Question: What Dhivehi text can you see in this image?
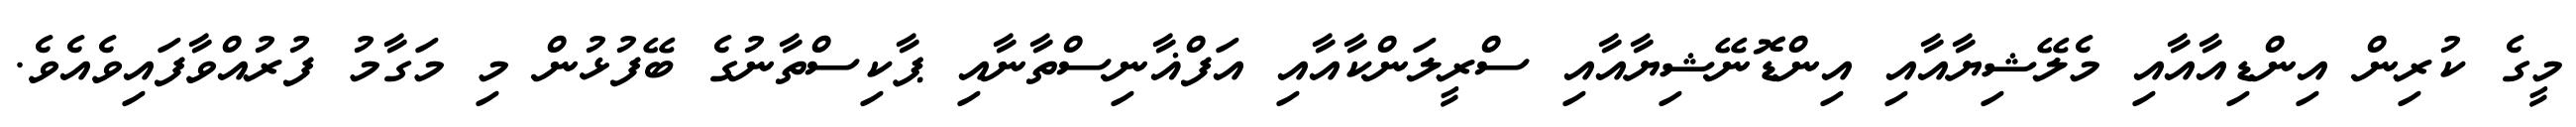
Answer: މީގެ ކުރިން އިންޑިއާއާއި މެލޭޝިޔާއާއި އިންޑޮނޭޝިޔާއާއި ސްރީލަންކާއާއި އަފްޣާނިސްތާނާއި ޕާކިސްތާނުގެ ބޭފުޅުން މި މަގާމު ފުރުއްވާފައިވެއެވެ.